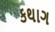
કથાગ